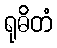
ရုဓိတံ